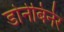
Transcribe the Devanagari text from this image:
डोर्नबिर्नर